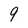
Character: 9